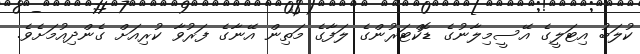
ކުލަބު އިޓަލީގެ އޭސީމިލާނުގެ ޑޮކްޓަރުންގެ ލަފާގެ މަތިން އޭނާގެ ފަރުވާ ކުރިއަށް ގެންދިއުމަށެވެ.